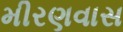
મીરણવાસ